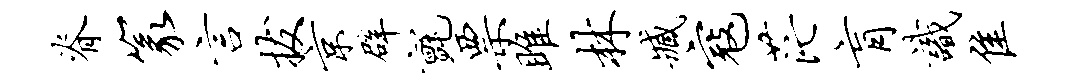
脊篆言拔京辟毡票雎林臧寇茫肓识隹